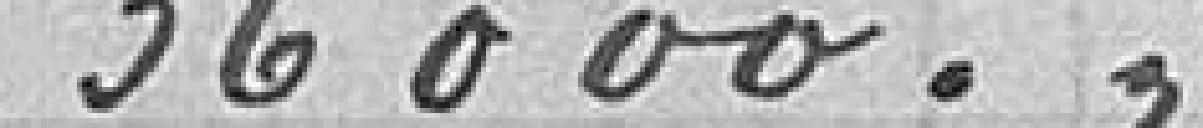
36000